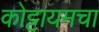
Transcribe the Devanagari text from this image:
कोट्टायमचा